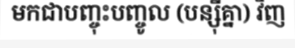
មកជាបញ្ចុះបញ្ចូល (បន្ស៊ីគ្នា) វិញ